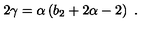
2 \gamma = \alpha \left( b _ { 2 } + 2 \alpha - 2 \right) \ .